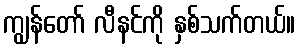
ကျွန်တော် လီနင်ကို နှစ်သက်တယ်။